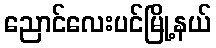
ညောင်လေးပင်မြို့နယ်